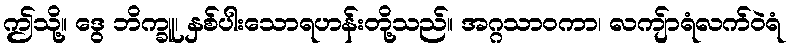
ဤသို့။ ဒွေ ဘိက္ခူ၊ နှစ်ပါးသောရဟန်းတို့သည်။ အဂ္ဂသာဝကာ၊ လကျ်ာရံလက်ဝဲရံ